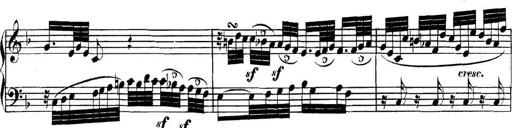
Title: Collected Piano Sonatas
Composer: Muzio Clementi